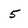
Character: 5